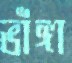
ভাঁঙ্গা